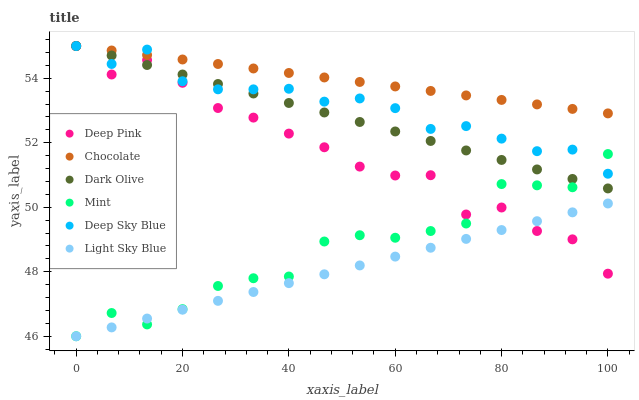
| xaxis_label | Deep Pink | Chocolate | Dark Olive | Mint | Deep Sky Blue | Light Sky Blue |
 | --- | --- | --- | --- | --- | --- | --- |
 | 0 | 55 | 55 | 55 | 46 | 55 | 46 |
 | 6.67 | 54.1 | 54.9 | 54.7 | 46.7 | 54.4 | 46.3 |
 | 13.3 | 54.6 | 54.7 | 54.4 | 46.4 | 54.9 | 46.5 |
 | 20 | 53.9 | 54.6 | 54.1 | 46.8 | 53.9 | 46.8 |
 | 26.7 | 53.1 | 54.4 | 53.8 | 47.6 | 53.7 | 47.1 |
 | 33.3 | 52.8 | 54.3 | 53.5 | 47.8 | 53.7 | 47.4 |
 | 40 | 52.3 | 54.2 | 53.2 | 47.9 | 53.7 | 47.6 |
 | 46.7 | 51.9 | 54 | 52.9 | 48.9 | 53.3 | 47.9 |
 | 53.3 | 51.3 | 53.9 | 52.6 | 49.1 | 53.4 | 48.2 |
 | 60 | 51 | 53.7 | 52.4 | 49.1 | 53.1 | 48.5 |
 | 66.7 | 51 | 53.6 | 52.1 | 49.3 | 52.4 | 48.7 |
 | 73.3 | 49.8 | 53.5 | 51.8 | 49.5 | 52.5 | 49 |
 | 80 | 50 | 53.3 | 51.5 | 50.7 | 52.1 | 49.3 |
 | 86.7 | 49.3 | 53.2 | 51.2 | 50.7 | 51.7 | 49.6 |
 | 93.3 | 49 | 53 | 50.9 | 50.6 | 51.8 | 49.8 |
 | 100 | 47.9 | 52.9 | 50.6 | 51.7 | 51 | 50.1 |